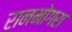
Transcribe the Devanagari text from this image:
रानमोगरा